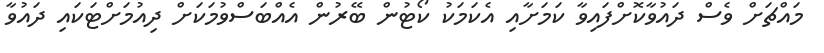
މައްޗަށް ވެސް ދައުވާކޮށްފައިވާ ކަމަށާއި އެކަމަކު ކޯޓުން ބޭރުން އެއްބަސްވުމަކަށް ދިއުމަށްޓަކައި ދައުވާ